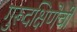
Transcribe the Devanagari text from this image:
गुरूदक्षिणेची